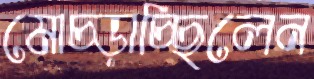
মোচ্‌ড়াচ্ছিলেন